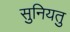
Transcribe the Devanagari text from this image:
सुनियतु